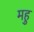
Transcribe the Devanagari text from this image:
महु